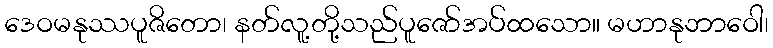
ဒေဝမနုဿပူဇိတော၊ နတ်လူ့တို့သည်ပူဇော်အပ်ထသော။ မဟာနုဘာဝေါ၊